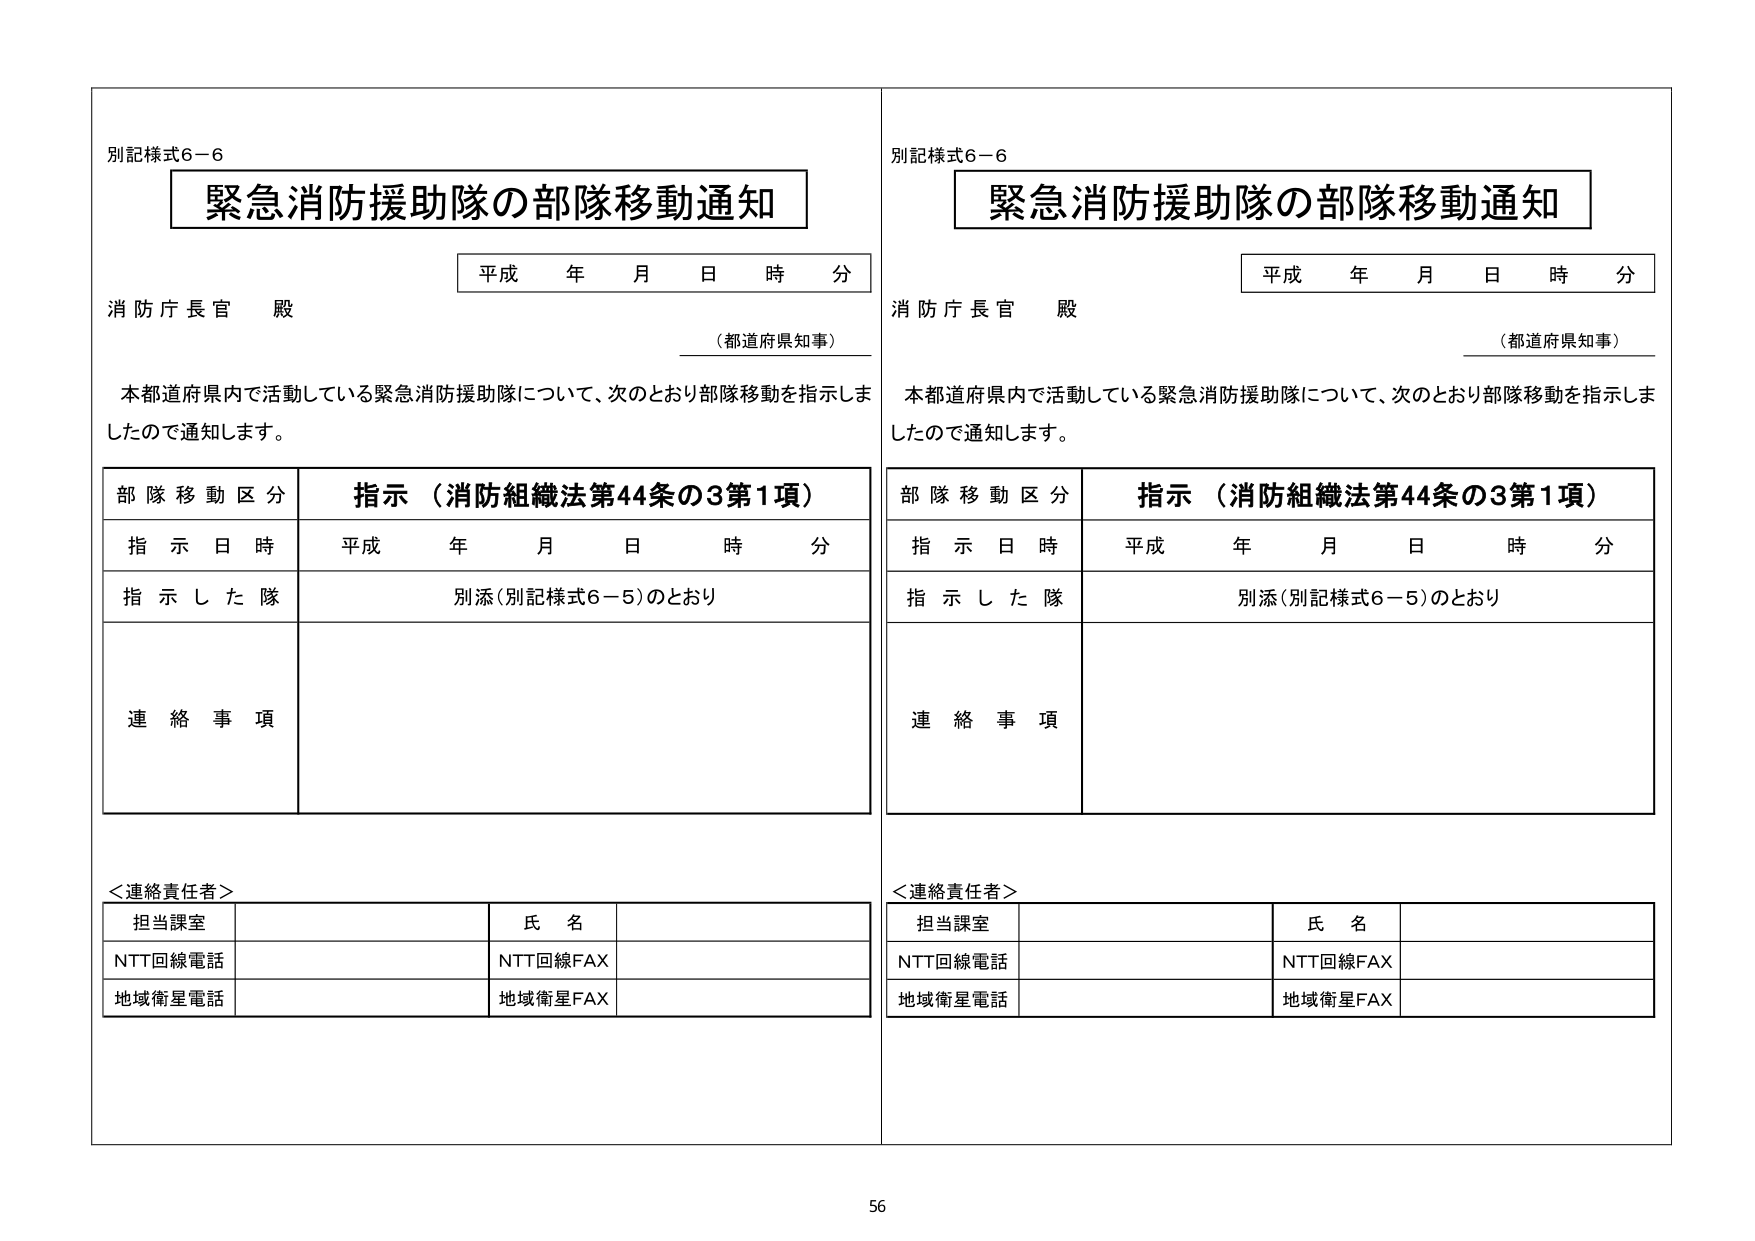
別記様式6－6
緊急消防援助隊の部隊移動通知
平成 年 月 日 時 分
消防庁長官 殿
（都道府県知事）
本都道府県内で活動している緊急消防援助隊について、次のとおり部隊移動を指示しましたので通知します。

部隊移動区分 指示（消防組織法第44条の3第1項）
指示日時 平成 年 月 日 時 分
指示した隊 別添（別記様式6－5）のとおり
連絡事項

＜連絡責任者＞
担当課室 氏名
NTT回線電話 NTT回線FAX
地域衛星電話 地域衛星FAX

別記様式6－6
緊急消防援助隊の部隊移動通知
平成 年 月 日 時 分
消防庁長官 殿
（都道府県知事）
本都道府県内で活動している緊急消防援助隊について、次のとおり部隊移動を指示しましたので通知します。

部隊移動区分 指示（消防組織法第44条の3第1項）
指示日時 平成 年 月 日 時 分
指示した隊 別添（別記様式6－5）のとおり
連絡事項

＜連絡責任者＞
担当課室 氏名
NTT回線電話 NTT回線FAX
地域衛星電話 地域衛星FAX

56